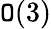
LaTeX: \mathtt{O}(3)